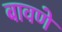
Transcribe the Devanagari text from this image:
बावणे